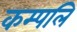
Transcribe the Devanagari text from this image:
कम्पलि